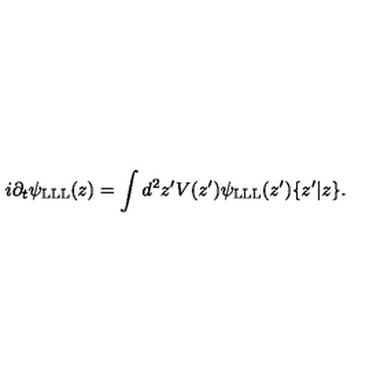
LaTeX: i \partial _ { t } \psi _ { \mathrm { L L L } } ( z ) = \int d ^ { 2 } z ^ { \prime } V ( z ^ { \prime } ) \psi _ { \mathrm { L L L } } ( z ^ { \prime } ) \{ z ^ { \prime } | z \} .